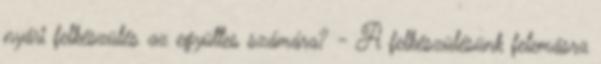
nyári felkészülés az együttes számára? - A felkészülésünk felemásra